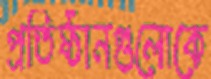
প্রতিষ্ঠানগুলোকে